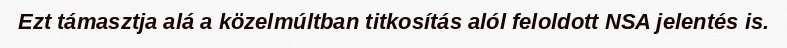
Ezt támasztja alá a közelmúltban titkosítás alól feloldott NSA jelentés is.